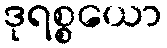
ဒုရစ္စယော